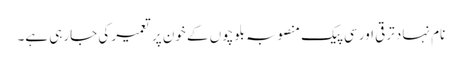
نام نہاد ترقی اور سی پیک منصوبہ بلوچوں کے خون پر تعمیر کی جارہی ہے۔